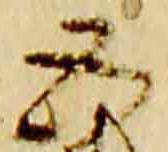
五